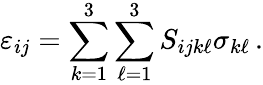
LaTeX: \varepsilon_{ij}=\sum_{k=1}^{3}\sum_{\ell=1}^{3}S_{ijk\ell}\sigma_{k\ell}\, .